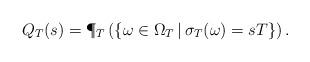
LaTeX: \begin{align*}Q_T(s)=\P_T\left(\left\{\omega\in\Omega_T\,|\,\sigma_T(\omega)=sT\right\}\right).\end{align*}